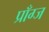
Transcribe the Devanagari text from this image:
प्राँग्ज